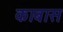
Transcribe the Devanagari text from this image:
काबास